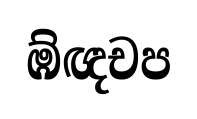
ඹ්ඥචප